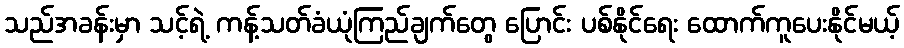
သည်အခန်းမှာ သင့်ရဲ့ ကန့်သတ်ခံယုံကြည်ချက်တွေ ပြောင်း ပစ်နိုင်ရေး ထောက်ကူပေးနိုင်မယ့်